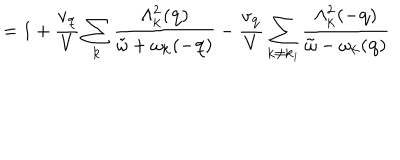
= 1 + \frac { v _ { { \bf { q } } } } { V } \sum _ { { \bf { k } } } \frac { \Lambda _ { { \bf { k } } } ^ { 2 } ( { \bf { q } } ) } { { \tilde { \omega } } + \omega _ { { \bf { k } } } ( - { \bf { q } } ) } - \frac { v _ { { \bf { q } } } } { V } \sum _ { { \bf { k } } \neq { \bf { k } } _ { i } } \frac { \Lambda _ { { \bf { k } } } ^ { 2 } ( - { \bf { q } } ) } { { \tilde { \omega } } - \omega _ { { \bf { k } } } ( { \bf { q } } ) }